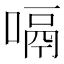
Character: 嗝